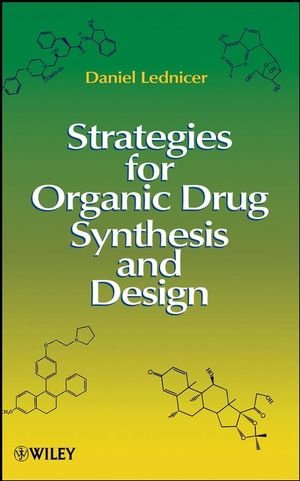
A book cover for Strategies for Organic Drug Synthesis and Design; Daniel Lednicer; Medical Books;